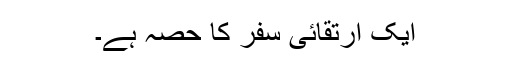
ایک ارتقائی سفر کا حصہ ہے۔